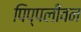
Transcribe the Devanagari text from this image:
पिप्पलीवन